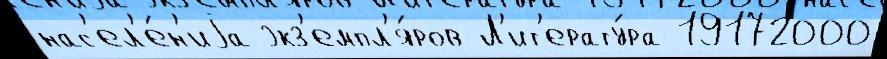
нас'ел'е́н'иjа экз'емпл'я́ров Л'ит'ерату́ра 19172000